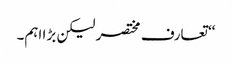
‘‘ تعارف مختصر لیکن بڑا اہم۔